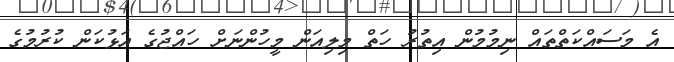
އެ މަސައްކަތްތައް ނިމުމުން އިތުރު ހަތް މިލިއަން މީހުންނަށް ހައްޖުގެ އަޅުކަން ކުރުމުގެ